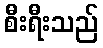
စီးရီးသည်